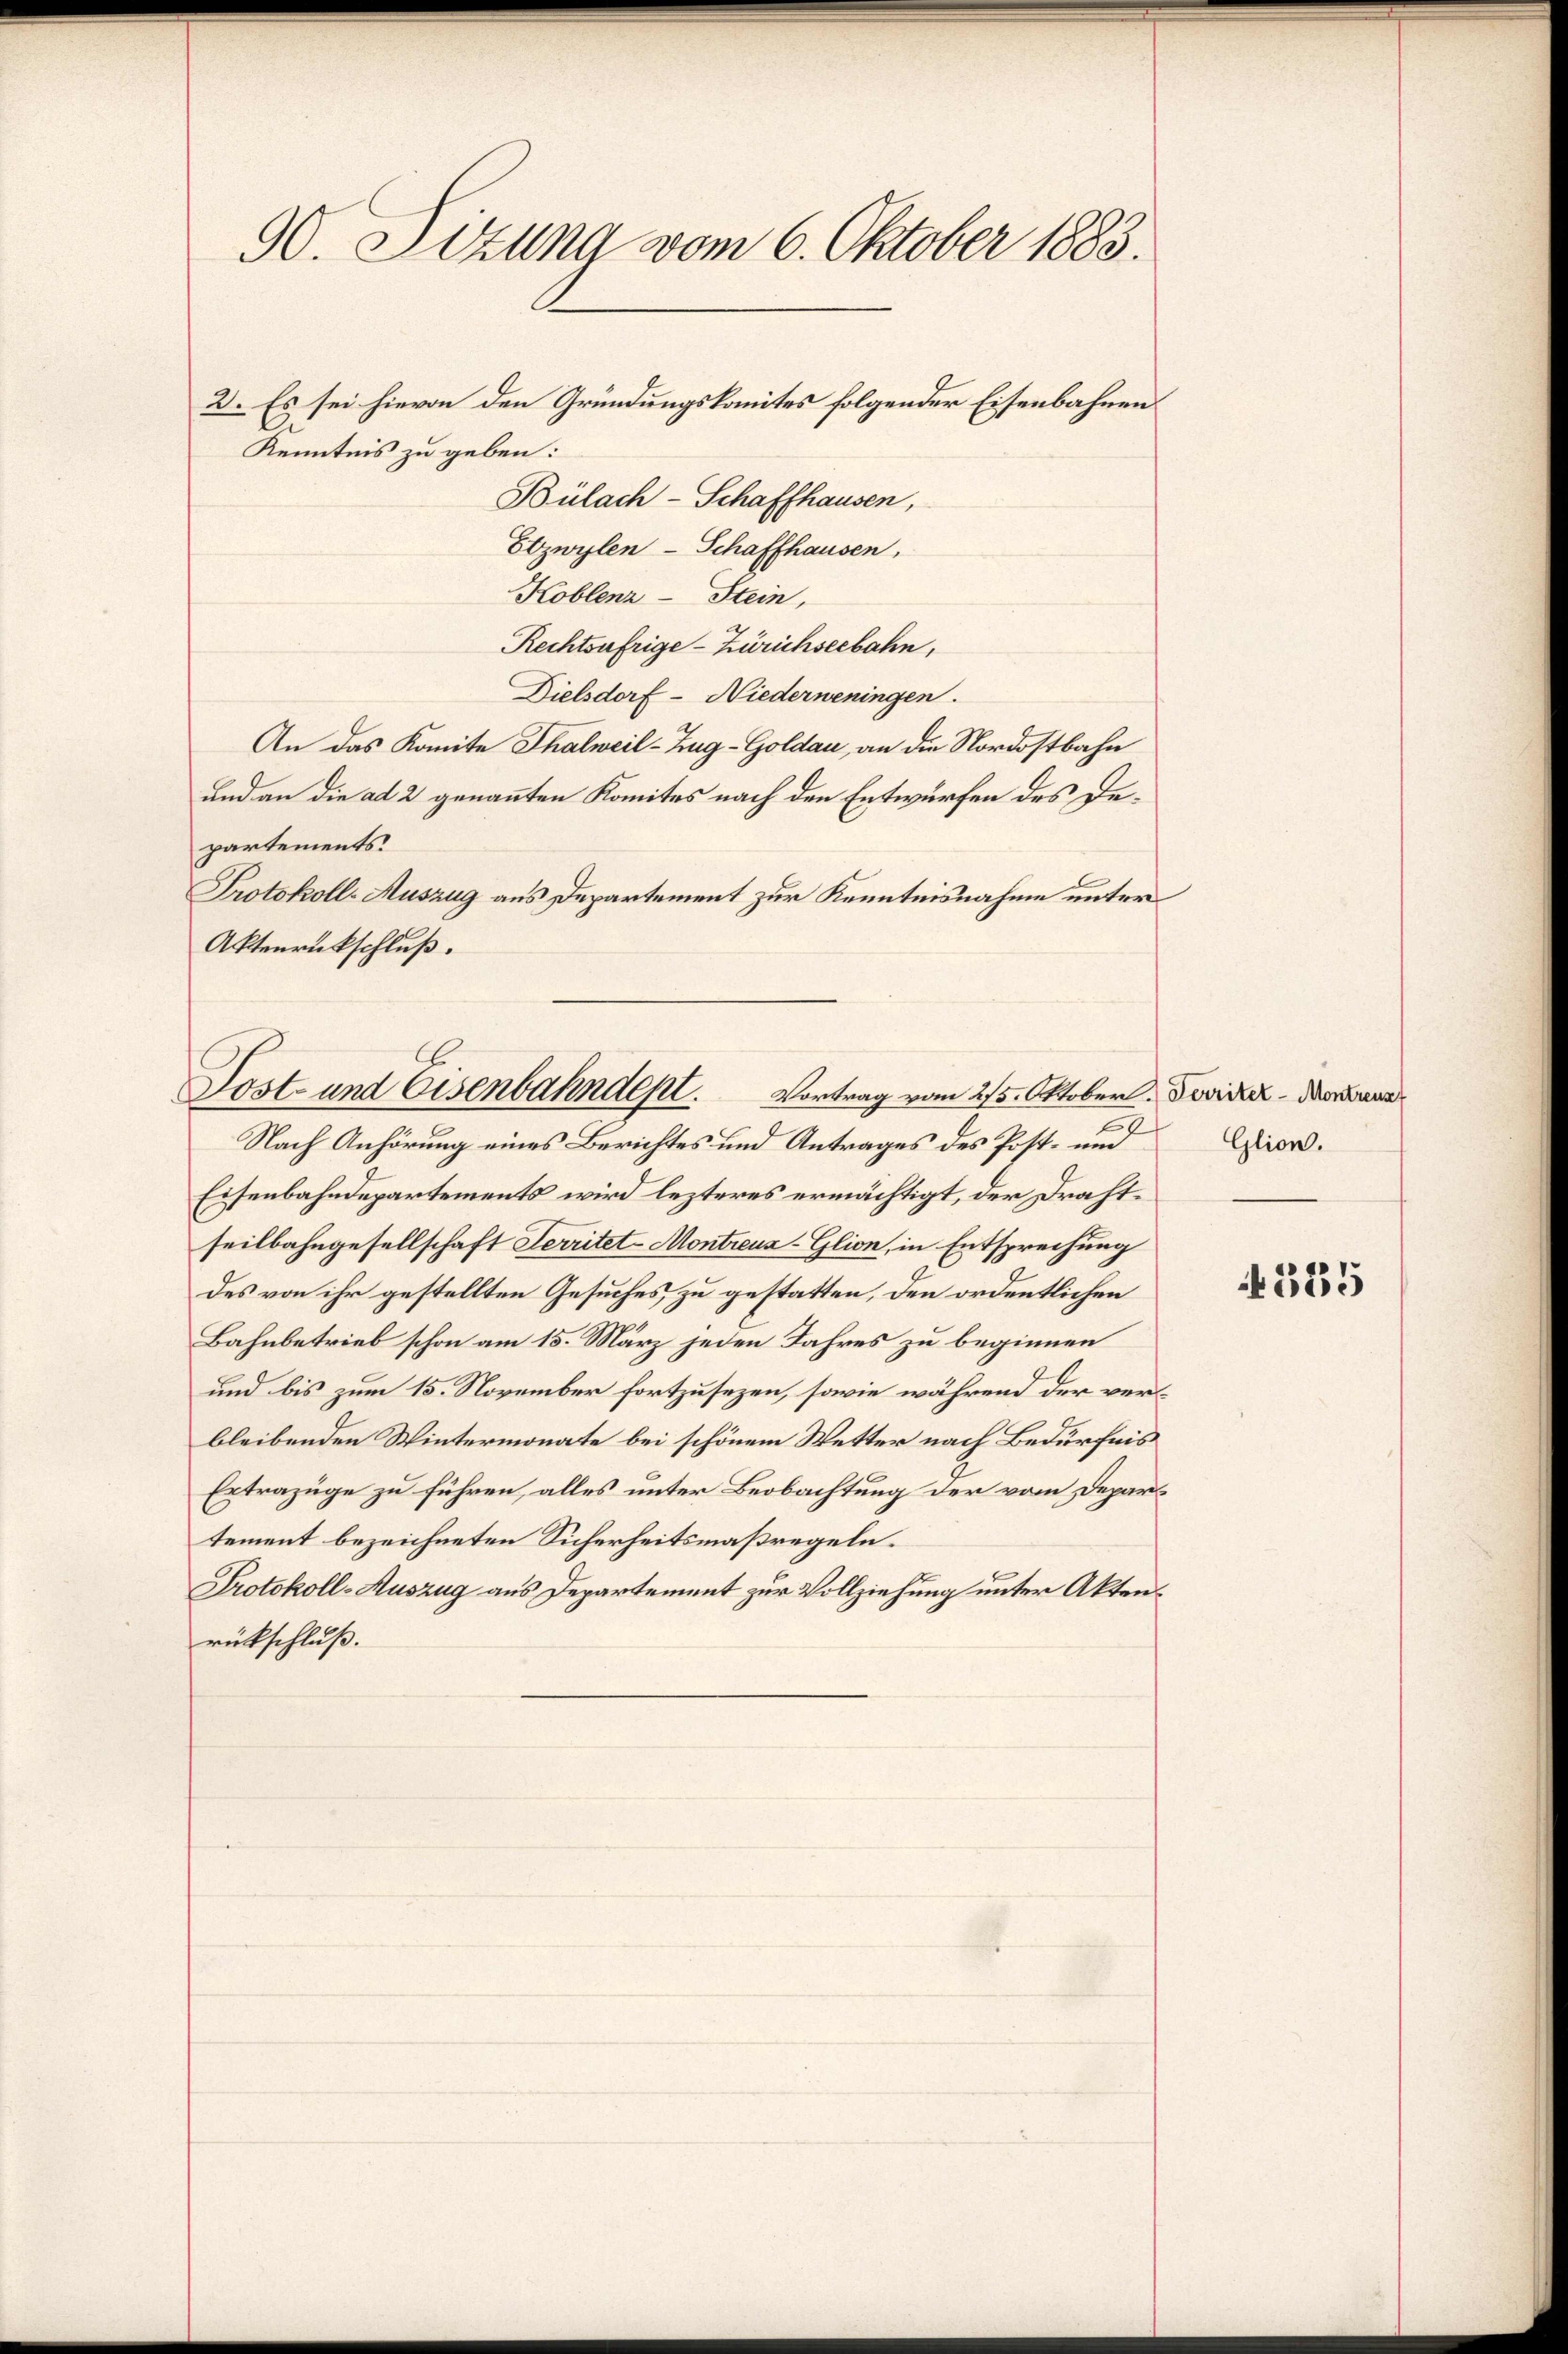
90. Sizung vom 6. Oktober 1883.
2. Es sei hievon den Gründungskomites folgender Eisenbahnen
Kenntnis zu geben:
Bülach–Schaffhausen,

Etzwylen-Schaffhausen,
Koblenz-Stein,
Rechtsufrige - Zürichseebahn,
Dielsdorf - Niederweningen.
An das Komite Thalweil-Zug-Goldau, an die Nordostbahn
und an die ad 2 genannten Komites nach den Entwürfen des Departements.
Protokoll-Auszug aus Departement zur Kenntnisnahme unter
Aktenrückschluß.

Sost- und Eisenbahndept. Vortrag vom 25. Oktober. Sovieler - dann

Nach Anhörung eines Berichtes und Antrages des Post- und
Eisenbahndepartements wird lezteres ermächtigt, der Drahtseilbahngesellschaft Serritet-Montreuz-Glion, in Entsprechung
des von ihr gestellten Gesuches zu gestatten, den ordentlichen
Bahnbetrieb schon am 15. März jeden Jahres zu beginnen
und bis zum 15. November fortzusezen, sowie während der verbleibenden Wintermonate bei schönem Wetter nach Bedürfnis
Extrazüge zu führen, alles unter Beobachtung der vom Departement bezeichneten Sicherheitsmaßregeln.
Protokoll-Auszug aus Departement zur Vollziehung unter Aktenrückschluß.

Glion.

585